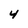
Character: 4